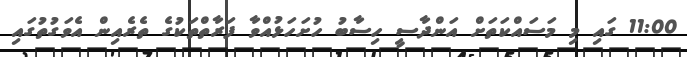
11:00 ގައި މި މަސައްކަތަށް އަންދާސީ ހިސާބު ހުށަހަޅުއްވާ ފަރާތްތަކުގެ ތެރެއިން އެވަގުތުގައި